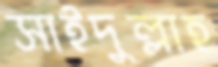
সাইদুল্লাহ